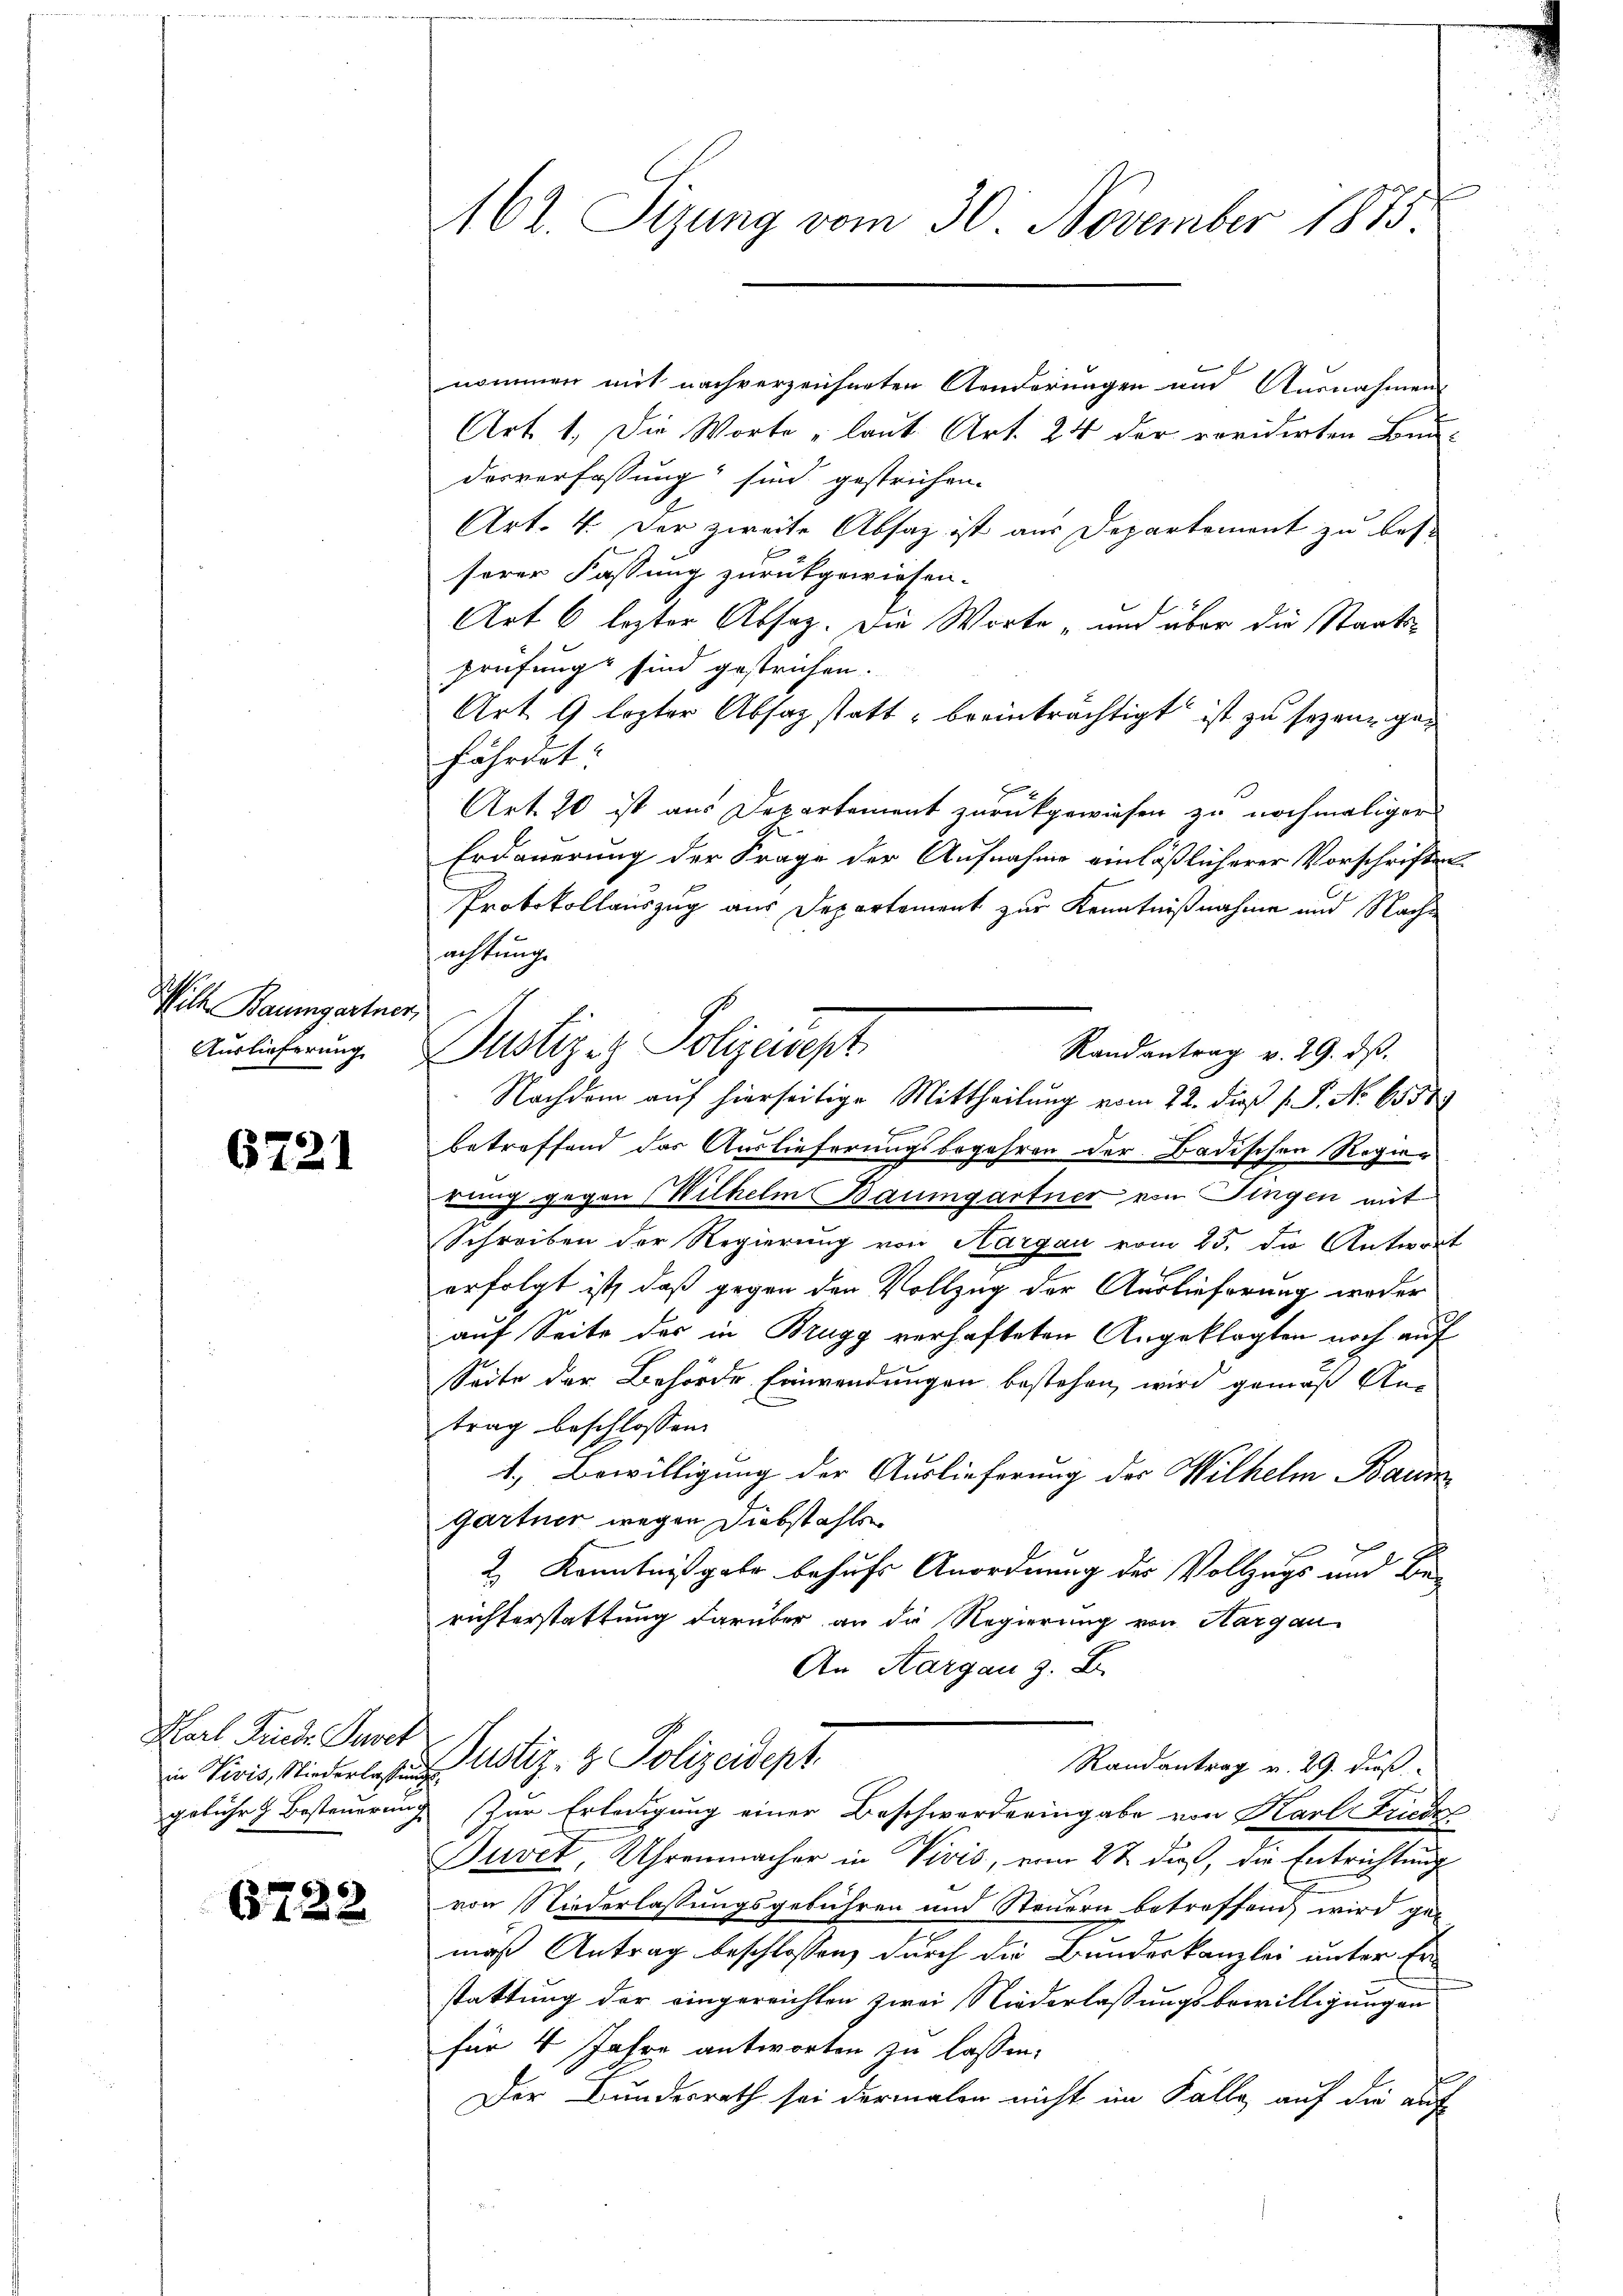
Wilte Baumgartner,
Auslieferung

6721

Karl Friede Punct

6732

162. Sizung vom 30. November 1873

nommen mit nachverzeichneten Aenderungen und Ausnahmen
Art. 1. Die Worte „laut Art. 24 der revidirten Bau-
desverfassung sind gestrichen.
Art. 4. Der zweite Absatz ist aus Departement zu besserer Fassung zurückgewiesen.
Art 6 lezter Absag. Die Worte „und über die Staatsprüfung sind gestrichen.
Art. 9 lezter Absag statt beeinträchtigt ist zu sezenz gefährdet.
Art. 20 ist aus Departement zurückgewiesen zu nochmaliger
Erdauerung der Frage der Aufnahme einläßlicherer Vorschriften
Protokollauszug aus Departement zur Kenntnißnahme und Nachachtung.
Randantrag v. 29. dβ.
Nachdem auf hierseitige Mittheilung vom 22. dieß P. P. No. 6558
E
betreffend das Auslieferungsbegehren der Badischen Regier
rung gegen Wilhelm Baumgartner von Fingen mit
Schreiben der Regierung von Hargau vom 25. die Antwort
erfolgt ist, daß gegen den Vollzug der Auslieferung weder
auf Seite des in Brugg verhafteten Angeklagten noch auf
Seite der Behörde Einwendungen bestehen, wird gemäß An-
trag beschlossen:
1.) Bewilligung der Auslieferung des Wilhelm Baum
Gartner wegen Diebstahlen
E
2 Kenntnißgabe behufs Anordnung des Vollzugs und berichterstattung darüber an die Regierung von Aargau
An Aargau z. B.
Randantrag v. 29. dieß
in Vivis, Niederlassung Ustiz- & Polizeidept.
gebühr & Besteuerung. Zur Erledigung einer Beschwerderingabe von Karl Frieder
Juvet, Uhrenmacher in Vivis, vom 22 dieß, die Entrichtung
von Niederlassungsgebühren und Steuern betreffend wird gemaß Antrag beschlossen, durch die Bundeskanzlei unter Erstattung der eingereichten zwei Niederlassungsbewilligungen
für 4 Jahre antworten zu lassen.
¬
Der Bundesrath sei dermalen nicht im Fälle, auf die auf

Justiz- & Polizeisept